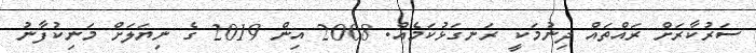
ސަރުކާރަށް ރައްތައް ދިނުމަކީ ރަނގަޅުކަމެއް. 2008 އިން 2019 ގެ ނިޔަލަށް މަނިކުފާނު